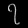
Digit: ၇